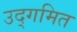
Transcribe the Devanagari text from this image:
उद्गमित